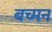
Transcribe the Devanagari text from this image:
बच्मन